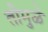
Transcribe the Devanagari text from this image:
तीमुळे